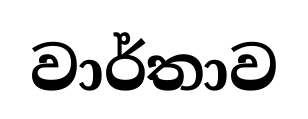
වාර්තාව